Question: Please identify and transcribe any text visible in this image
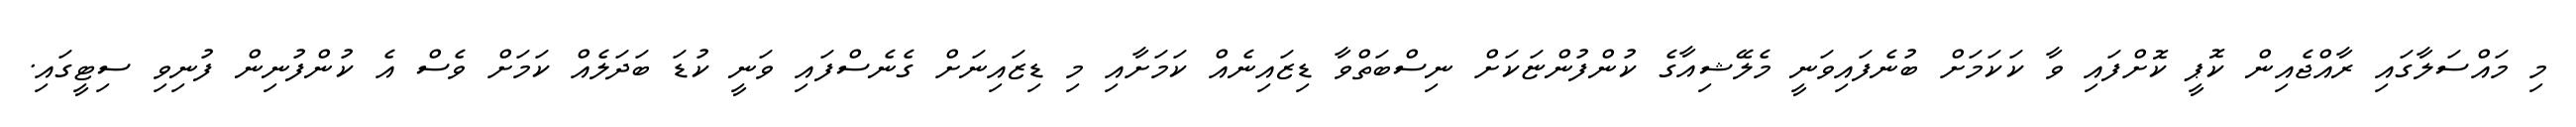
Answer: މި މައްސަލާގައި ރާއްޖެއިން ކޮޕީ ކޮށްފައި ވާ ކަކަމަށް ބުނެފައިވަނީ މެލޭޝިއާގެ ކުންފުންޏަކަށް ނިސްބަތްވާ ޑިޒައިނެއް ކަމަށާއި މި ޑިޒައިނަށް ގެނެސްފައި ވަނީ ކުޑަ ބަދަލެއް ކަމަށް ވެސް އެ ކުންފުނިން ފުނިވި ސިޓީގައި.